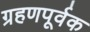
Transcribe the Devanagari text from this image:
ग्रहणपूर्वक